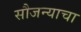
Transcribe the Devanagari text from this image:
सौजन्याचा